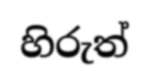
හිරුත්